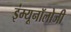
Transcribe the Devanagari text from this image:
इंम्यूनॉलोजी